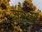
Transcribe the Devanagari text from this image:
जोअर